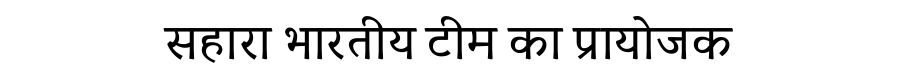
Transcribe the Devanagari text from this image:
सहारा भारतीय टीम का प्रायोजक